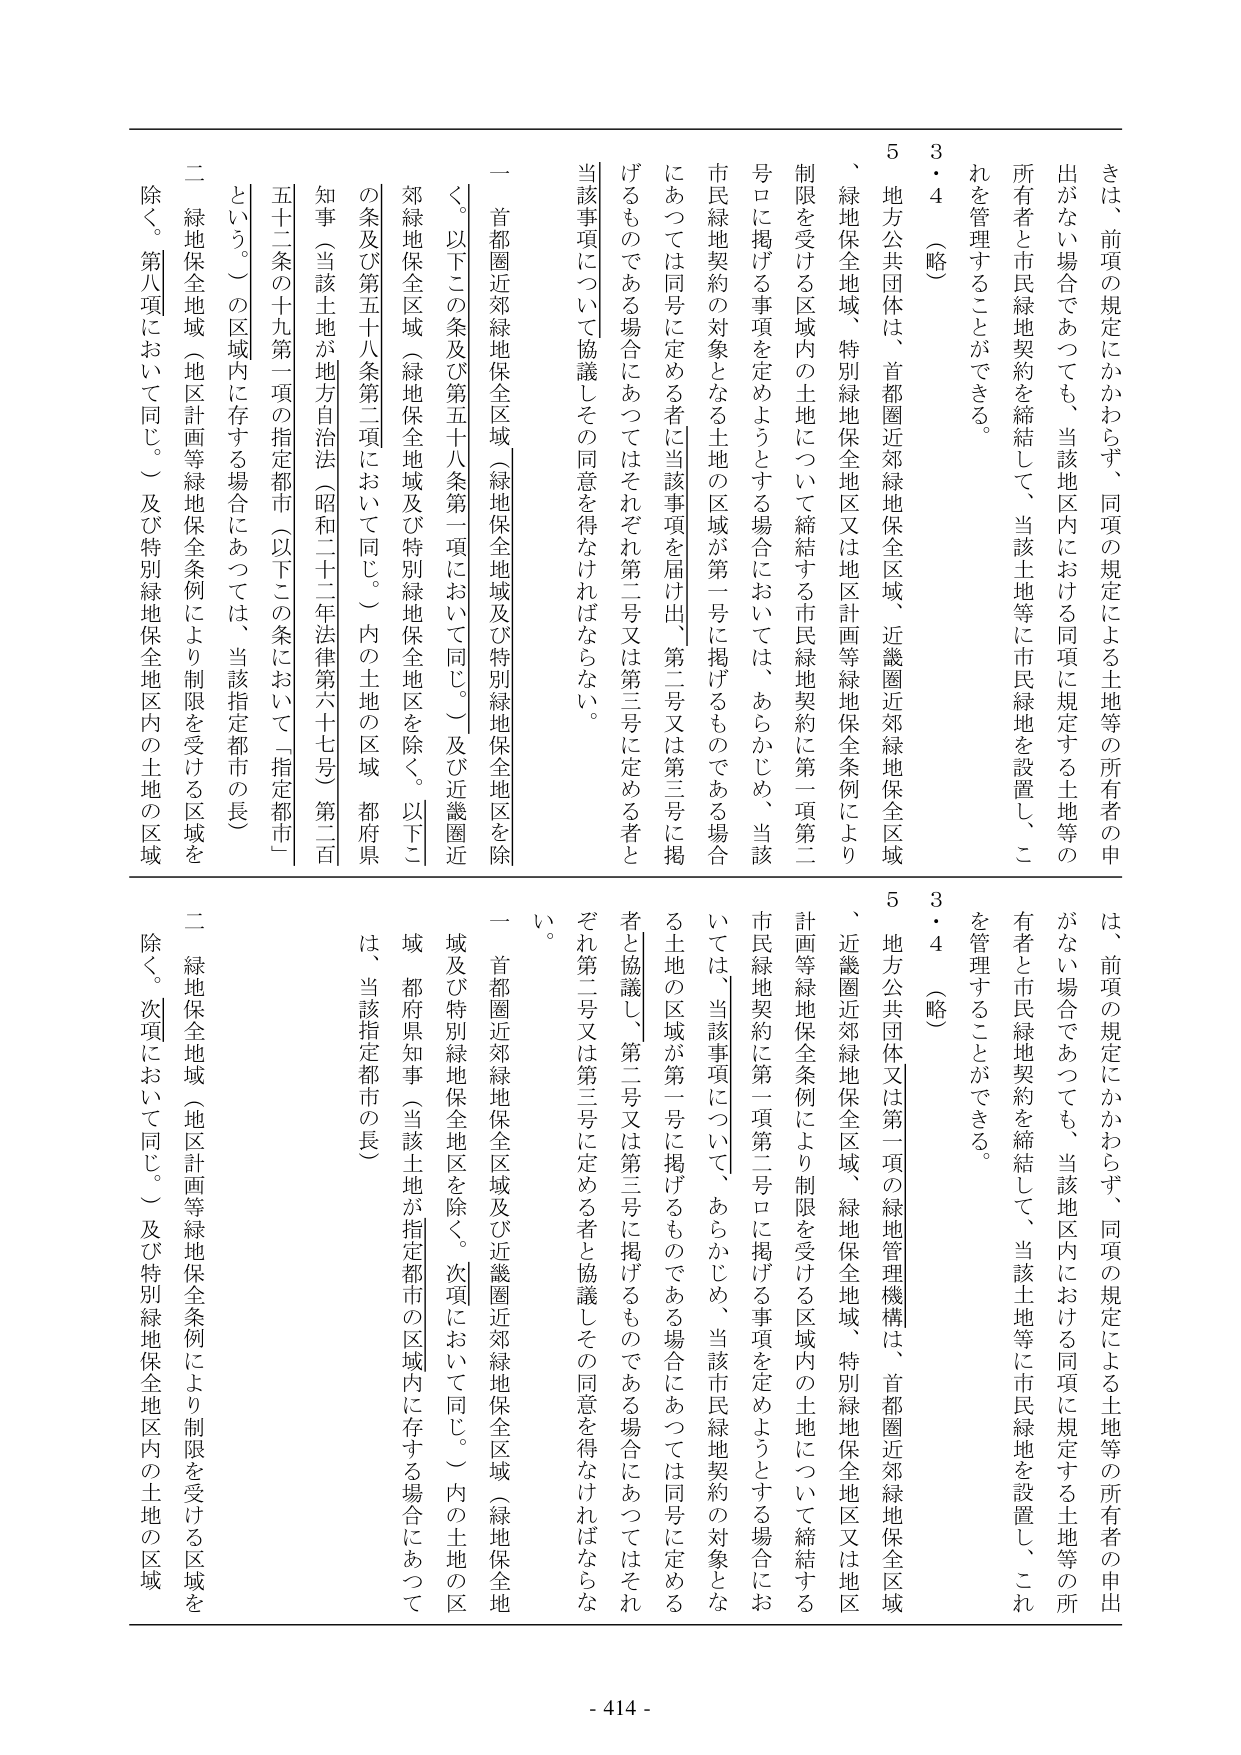
きは、前項の規定にかかわらず、同項の規定による土地等の所有者の申出がない場合であっても、当該地区内における同項に規定する土地等の所有者と市民緑地契約を締結して、当該土地等に市民緑地を設置し、これを管理することができる。

3・4（略）

5 地方公共団体は、首都圏近郊緑地保全区域、近畿圏近郊緑地保全区域、緑地保全地域、特別緑地保全地区又は地区計画等緑地保全条例により制限を受ける区域内の土地について締結する市民緑地契約に第一項第二号ロに掲げる事項を定めようとする場合においては、あらかじめ、当該市民緑地契約の対象となる土地の区域が第一号に掲げるものである場合にあっては同号に定める者に当該事項を届け出、第二号又は第三号に掲げるものである場合にあってはそれぞれ第二号又は第三号に定める者と当該事項について協議しその同意を得なければならない。

一 首都圏近郊緑地保全区域（緑地保全地域及び特別緑地保全地区を除く。以下この条及び第五十八条第二項において同じ。）及び近畿圏近郊緑地保全区域（緑地保全地域及び特別緑地保全地区を除く。以下この条及び第五十八条第二項において同じ。）内の土地の区域 都府県知事（当該土地が地方自治法（昭和二十二年法律第六十七号）第二百五十二条の十九第一項の指定都市（以下この条において「指定都市」という。）の区域内に存する場合にあっては、当該指定都市の長）

二 緑地保全地域（地区計画等緑地保全条例により制限を受ける区域を除く。第八項において同じ。）及び特別緑地保全地区内の土地の区域

は、前項の規定にかかわらず、同項の規定による土地等の所有者の申出がない場合であっても、当該地区内における同項に規定する土地等の所有者と市民緑地契約を締結して、当該土地等に市民緑地を設置し、これを管理することができる。

3・4（略）

5 地方公共団体又は第一項の緑地管理機構は、首都圏近郊緑地保全区域、近畿圏近郊緑地保全区域、緑地保全地域、特別緑地保全地区又は地区計画等緑地保全条例により制限を受ける区域内の土地について締結する市民緑地契約に第一項第二号ロに掲げる事項を定めようとする場合においては、当該事項について、あらかじめ、当該市民緑地契約の対象となる土地の区域が第一号に掲げるものである場合にあっては同号に定める者と協議し、第二号又は第三号に掲げるものである場合にあってはそれぞれ第二号又は第三号に定める者と協議しその同意を得なければならない。

一 首都圏近郊緑地保全区域及び近畿圏近郊緑地保全区域（緑地保全地域及び特別緑地保全地区を除く。次項において同じ。）内の土地の区域 都府県知事（当該土地が指定都市の区域内に存する場合にあっては、当該指定都市の長）

二 緑地保全地域（地区計画等緑地保全条例により制限を受ける区域を除く。次項において同じ。）及び特別緑地保全地区内の土地の区域

- 414 -